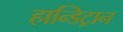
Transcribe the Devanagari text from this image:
हान्डिट्रान